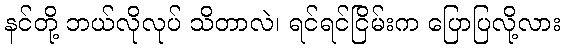
နင်တို့ ဘယ်လိုလုပ် သိတာလဲ၊ ရင်ရင်ငြိမ်းက ပြောပြလို့လား